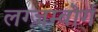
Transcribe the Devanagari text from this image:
लग्ज़म्बोर्ग